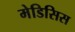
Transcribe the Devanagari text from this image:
मेडिसिस